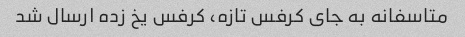
متاسفانه به جای کرفس تازه، کرفس یخ زده ارسال شد